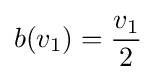
b(v_{1})={\frac {v_{1}}{2}}